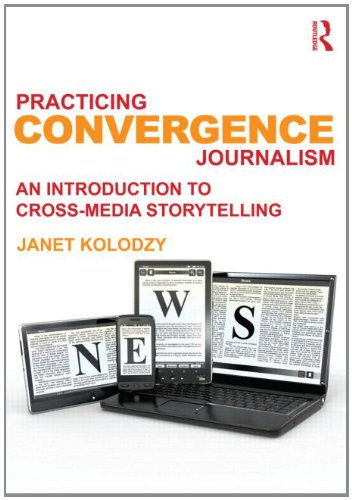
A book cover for Practicing Convergence Journalism: An Introduction to Cross-Media Storytelling; Janet Kolodzy; Computers & Technology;